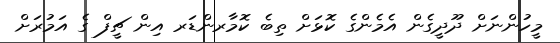
މީހުންނަށް ދޫދީގެން އެމެންގެ ކޮޅަށް ތިބެ ކޮމާރންޑަރ އިން ޗީފް ގެ އަމުރަށް